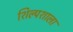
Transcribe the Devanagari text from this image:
शिल्पशाला